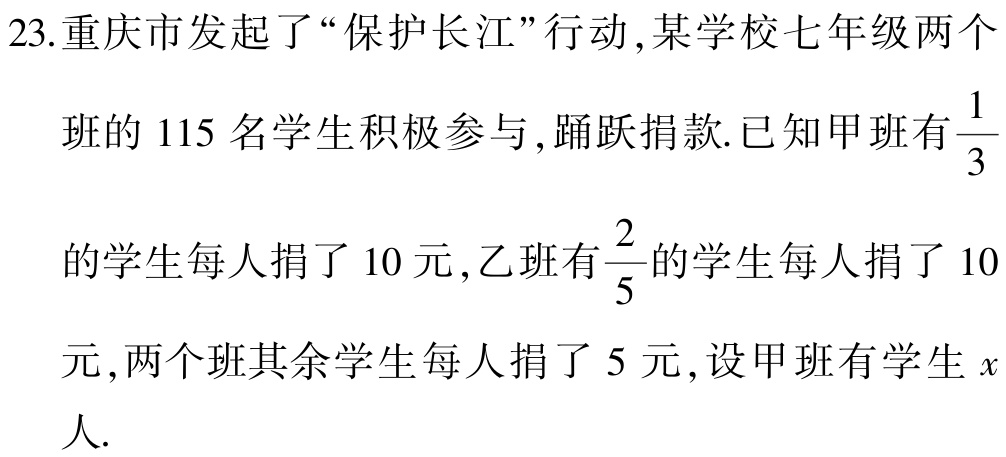
23.重庆市发起了“保护长江”行动,某学校七年级两个班的 115 名学生积极参与,踊跃捐款.已知甲班有$\dfrac{1}{3}$的学生每人捐了 10 元,乙班有$\dfrac{2}{5}$的学生每人捐了 10元,两个班其余学生每人捐了 5 元,设甲班有学生$x$人.